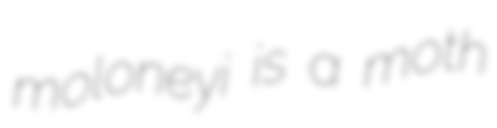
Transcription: moloneyi is a moth